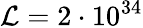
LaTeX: \mathcal{L}=2\cdot 10^{34}